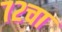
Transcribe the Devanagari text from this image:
७२चा